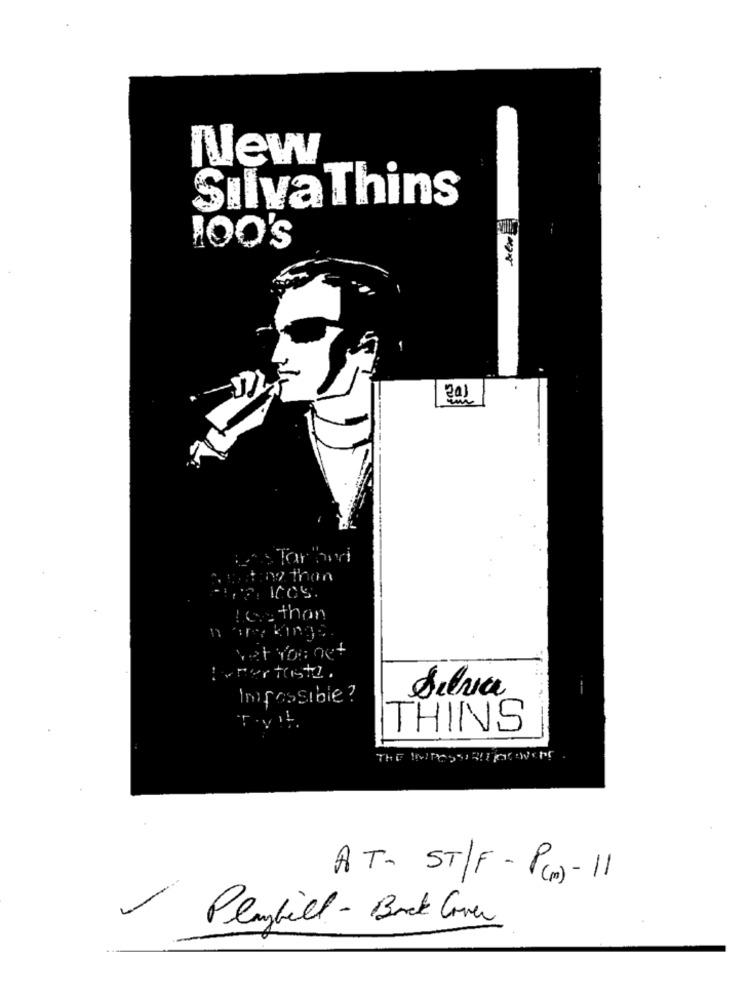
New
Silva Thins
100's
2a)
Las Tar tod
no than
Less than
wat You net
toner tustz.
Silvia
Impossible ?
THINS
AT- ST/F - (P) - 11
Playbill - Back Cover